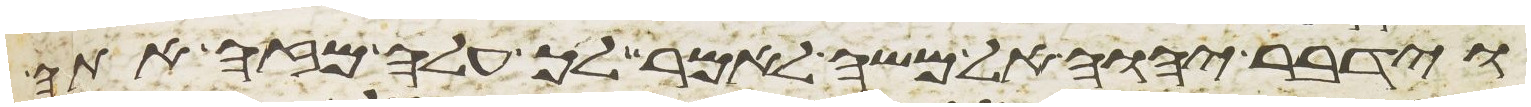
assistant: וידבר יהוה אל משה לאמר לך עלה מזה אתה